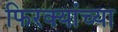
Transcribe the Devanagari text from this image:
फिरक्यांच्या